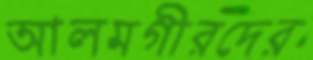
আলমগীরদের